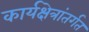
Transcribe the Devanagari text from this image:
कार्यक्षेत्रांतर्गत